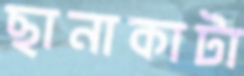
ছানাকাটা